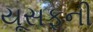
યૂસફની